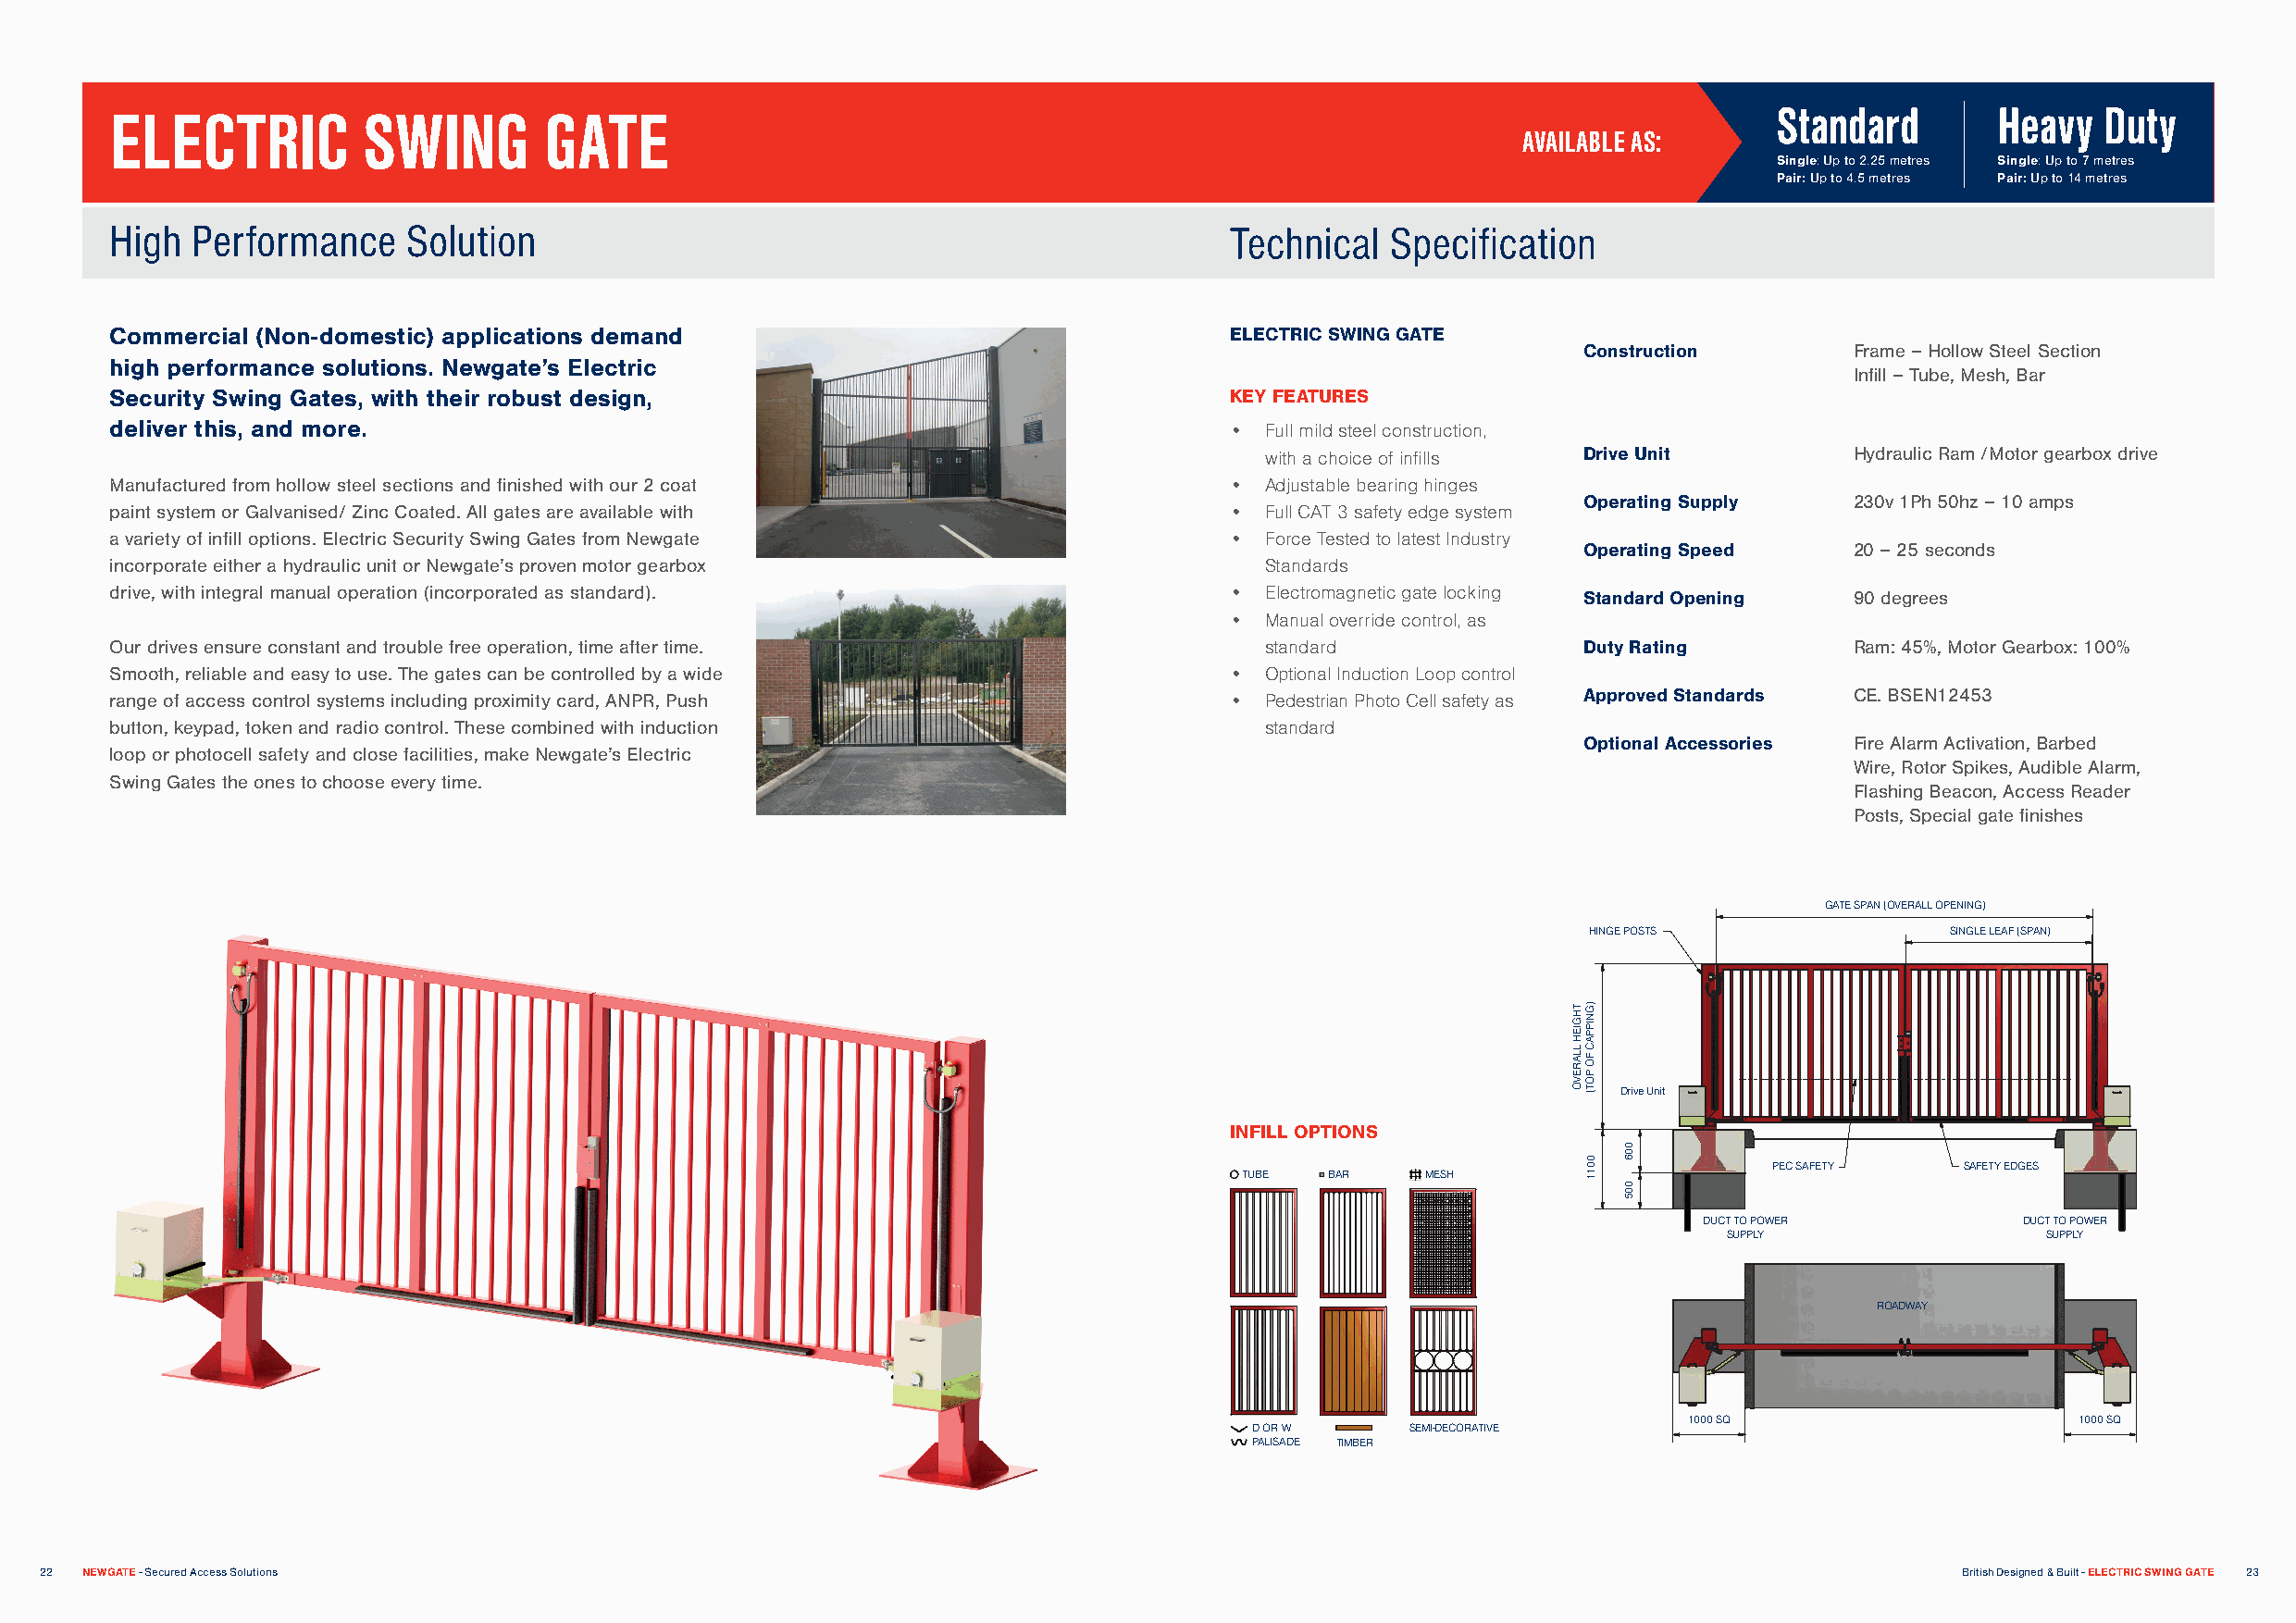
ELECTRIC          SWING        GATE                                                                                    Standard        Heavy  Duty
 AVAILABLE AS:
 Single: Up to 2.25 metres Single: Up to 7 metres
 Pair: Up to 4.5 metres Pair: Up to 14 metres
 High  Performance    Solution                                                   Technical  Specification
 Commercial (Non-domestic) applications demand                                   ELECTRIC SWING GATE
 Construction        Frame – Hollow Steel Section
 high performance solutions. Newgate’s Electric
 Infill – Tube, Mesh, Bar
 Security Swing Gates, with their robust design,                                 KEY FEATURES
 deliver this, and more.                                                         • Full mild steel construction,
 with a choice of infills Drive Unit        Hydraulic Ram /Motor gearbox drive
 Manufactured from hollow steel sections and finished with our 2 coat            • Adjustable bearing hinges
 Operating Supply    230v 1Ph 50hz – 10 amps
 paint system or Galvanised/ Zinc Coated. All gates are available with           • Full CAT 3 safety edge system
 a variety of infill options. Electric Security Swing Gates from Newgate         • Force Tested to latest Industry
 Operating Speed     20 – 25 seconds
 incorporate either a hydraulic unit or Newgate’s proven motor gearbox             Standards
 drive, with integral manual operation (incorporated as standard).               • Electromagnetic gate locking Standard Opening 90 degrees
 • Manual override control, as
 Our drives ensure constant and trouble free operation, time after time.           standard               Duty Rating         Ram: 45%, Motor Gearbox: 100%
 Smooth, reliable and easy to use. The gates can be controlled by a wide         • Optional Induction Loop control
 range of access control systems including proximity card, ANPR, Push            • Pedestrian Photo Cell safety as Approved Standards CE. BSEN12453
 button, keypad, token and radio control. These combined with induction            standard
 Optional Accessories Fire Alarm Activation, Barbed
 loop or photocell safety and close facilities, make Newgate’s Electric
 Wire, Rotor Spikes, Audible Alarm,
 Swing Gates the ones to choose every time.
 Flashing Beacon, Access Reader
 Posts, Special gate finishes
 GATE SPAN (OVERALL OPENING)
 HINGE POSTS              SINGLE LEAF (SPAN)
 Drive Unit
 INFILL OPTIONS
 PEC SAFETY   SAFETY EDGES
 TUBE  BAR    MESH
 DUCT TO POWER          DUCT TO POWER
 SUPPLY                SUPPLY
 ROADWAY
 1000 SQ                     1000 SQ
 D OR W     SEMI-DECORATIVE
 PALISADE TIMBER
 22 NEWGATE - Secured Access Solutions                                                                                                    British Designed & Built - ELECTRIC SWING GATE 23
 THGIEH
 LLAREVO
 )GNIPPAC
 FO
 POT(
 0011
 006
 005